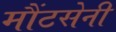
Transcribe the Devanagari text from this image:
मौंटसेनी